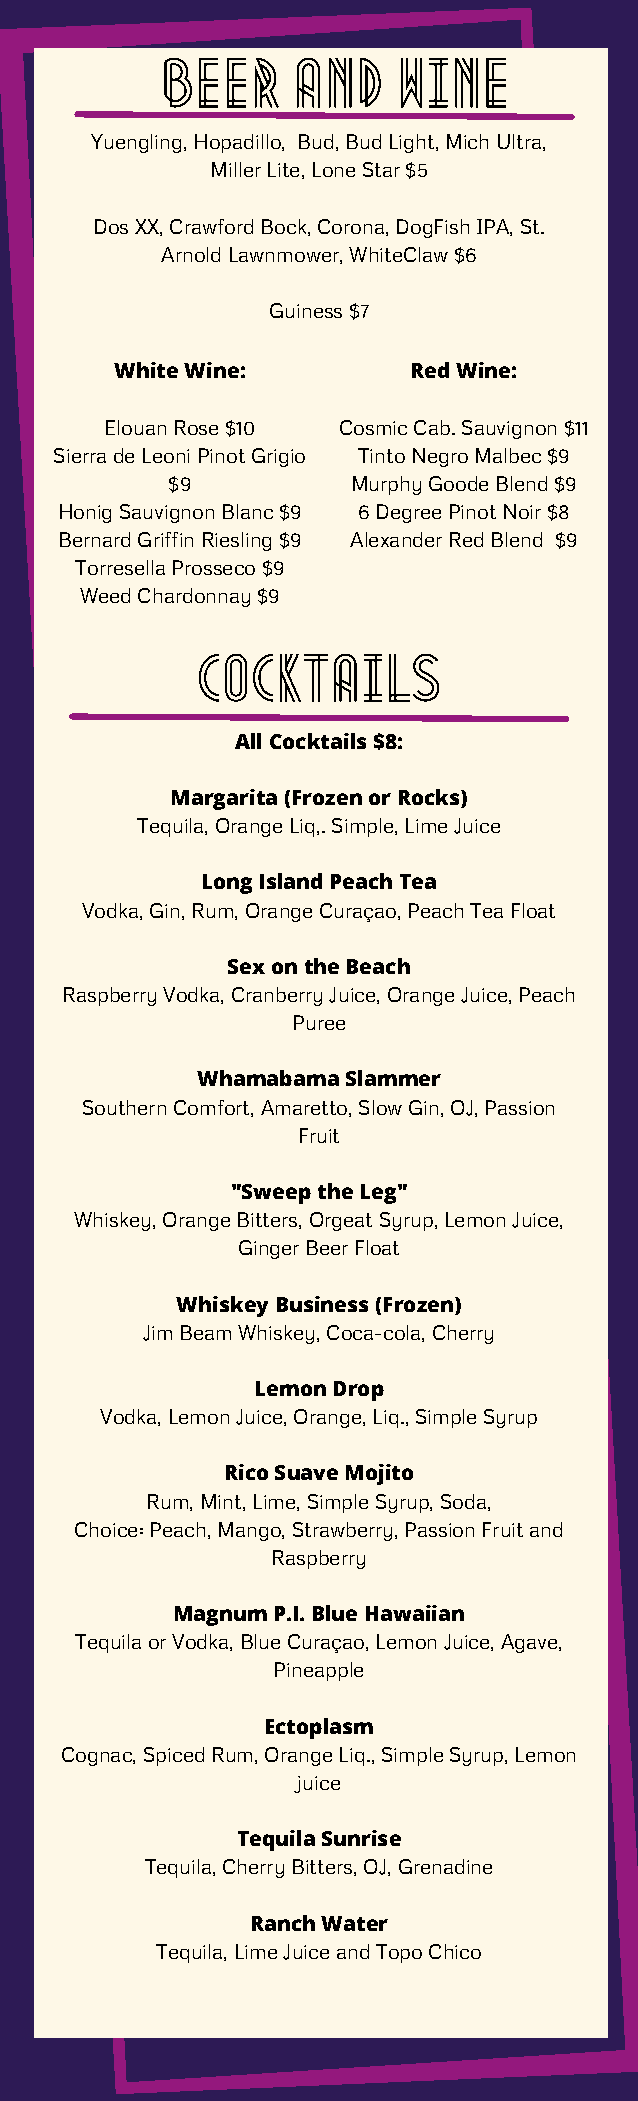
Beer     and    wine
 Yuengling, Hopadillo, Bud, Bud Light, Mich Ultra,
 Miller Lite, Lone Star $5
 Dos XX, Crawford Bock, Corona, DogFish IPA, St.
 Arnold Lawnmower, WhiteClaw $6
 Guiness $7
 White Wine:        Red Wine:
 Elouan Rose $10 Cosmic Cab. Sauvignon $11
 Sierra de Leoni Pinot Grigio Tinto Negro Malbec $9
 $9          Murphy Goode Blend $9
 Honig Sauvignon Blanc $9 6 Degree Pinot Noir $8
 Bernard Griffin Riesling $9 Alexander Red Blend $9
 Torresella Prosseco $9
 Weed Chardonnay $9
 cocktails
 All Cocktails $8:
 Margarita (Frozen or Rocks)
 Tequila, Orange Liq,. Simple, Lime Juice
 Long Island Peach Tea
 Vodka, Gin, Rum, Orange Curaçao, Peach Tea Float
 Sex on the Beach
 Raspberry Vodka, Cranberry Juice, Orange Juice, Peach
 Puree
 Whamabama Slammer
 Southern Comfort, Amaretto, Slow Gin, OJ, Passion
 Fruit
 "Sweep the Leg"
 Whiskey, Orange Bitters, Orgeat Syrup, Lemon Juice,
 Ginger Beer Float
 Whiskey Business (Frozen)
 Jim Beam Whiskey, Coca-cola, Cherry
 Lemon Drop
 Vodka, Lemon Juice, Orange, Liq., Simple Syrup
 Rico Suave Mojito
 Rum, Mint, Lime, Simple Syrup, Soda,
 Choice: Peach, Mango, Strawberry, Passion Fruit and
 Raspberry
 Magnum P.I. Blue Hawaiian
 Tequila or Vodka, Blue Curaçao, Lemon Juice, Agave,
 Pineapple
 Ectoplasm
 Cognac, Spiced Rum, Orange Liq., Simple Syrup, Lemon
 juice
 Tequila Sunrise
 Tequila, Cherry Bitters, OJ, Grenadine
 Ranch Water
 Tequila, Lime Juice and Topo Chico